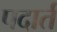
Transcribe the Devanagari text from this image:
पदार्त